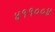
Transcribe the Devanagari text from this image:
४११००४